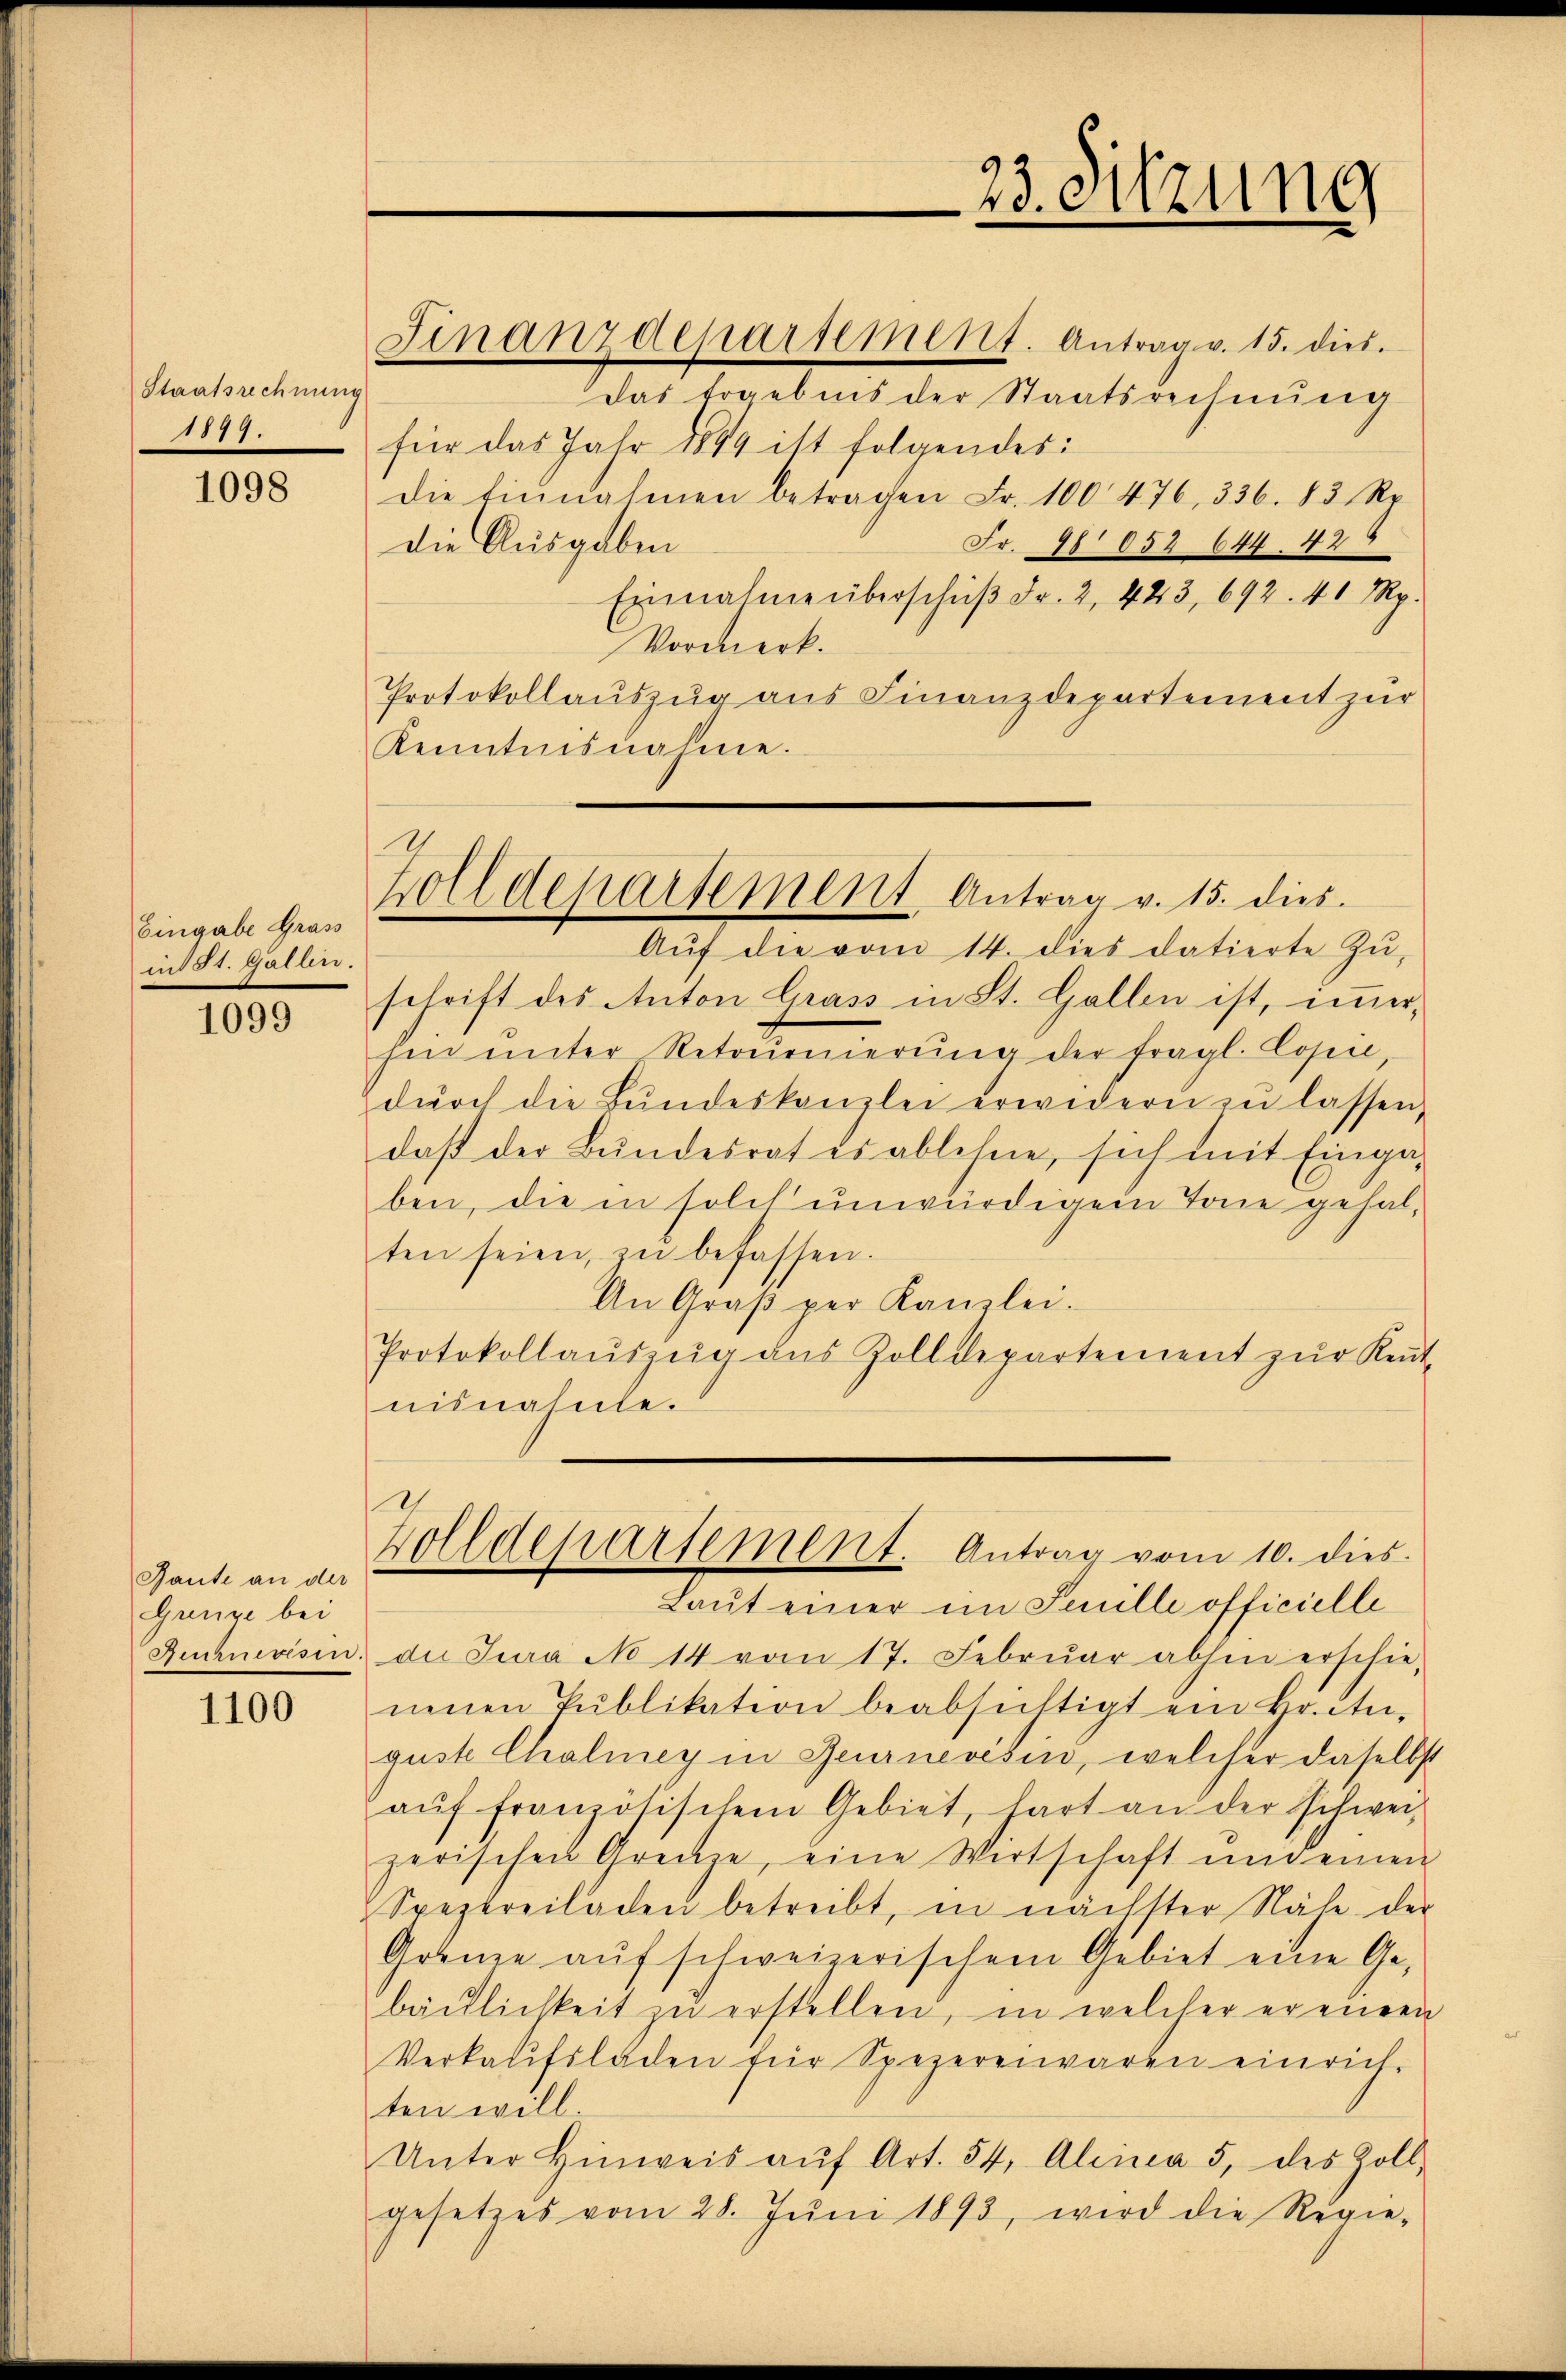
Staatsrechnung
1877.

1098

Eingabe Grass
in St. Gallen.

1099

Raute an der
Grenze bei

1100

Finanzdepartement. Antrag v. 15. dies

23. Sitzung

Das Ergebens der Staatsrechnŭng
für das Jahr 1849 ist folgendes:
Die Einnahmen betragen Fr. 100 476, 336. 83 Rp.
Fr. 78 852 644. 426
die Ausgaben
Einnahme überschŭβ Fr. 2, 423, 692. 41 Rp.
Vormerk.
Protokollauszug aus Finanzdepartement zur
Kenntnisnahme.

Zolldeparsement Antrag v. 15. dies

Aŭf die vom 14. dies datierte Zŭ-
schrift des Anton Grass in St. Gallen ist, immer-
hin ŭnter Retoŭrnierŭng der fragl. Cosić,
dŭrch die Bŭndeskanzlei erwidern zŭ lassen,
daß der Bundesrat es ablehne, sich mit Eingaben, die in solch unwürdigem Tone gehalten seien, zŭ befassen.
An Graβ per Kamlei.
Protokollaŭszŭg aus Zolldepartement zŭr Kent-
nisnahnte.

Zolldepartement. Antrag vom 10. dies
Laut einer im Senille officielle

Rechnevisin, die Jura No 14 vom 17. Febrŭar abhin erschie-
nenen Pŭblikation beabsichtigt ein Hitu-
güste Chalmey in Reurnevisin, welcher daselbst
aŭf französischem Gebiet, hart an der schwei-
zerischen Grenze, eine Wertschaft und einen
Spezereiladen betreibt, in nächster Nähe der
Grenze auf schweizerischem Gebiet eine Ge-
bächlichkeit zŭ erstellen, in welcher er einen
Verkaŭfsladen für Spezerei waren einrich-
ten will
Unter Hinweis aŭf Art. 54, Alinea 5, des Zoll-
gesetzes vom 28. Jŭni 1893, wird die Regie-